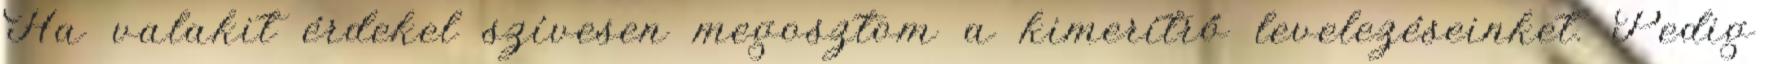
Ha valakit érdekel szívesen megosztom a kimerítrő levelezéseinket. Pedig